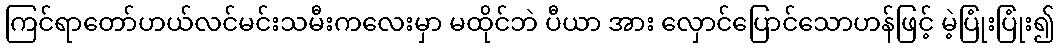
ကြင်ရာတော်ဟယ်လင်မင်းသမီးကလေးမှာ မထိုင်ဘဲ ပီယာ အား လှောင်ပြောင်သောဟန်ဖြင့် မဲ့ပြုံးပြုံး၍